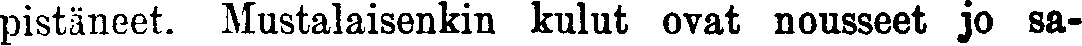
pistäneet. Mustalaisenkin kulut ovat nousseet jo sa-